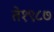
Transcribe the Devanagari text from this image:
ते१९८७